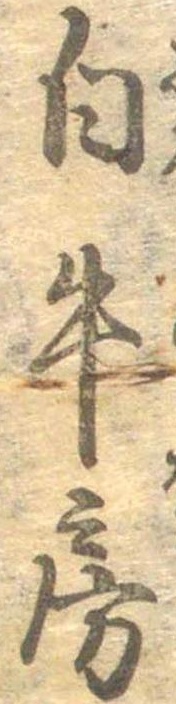
白牛房